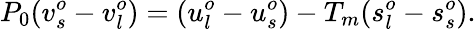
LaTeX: P_{0}(v_{s}^{o}-v_{l}^{o})=(u_{l}^{o}-u_{s}^{o})-T_{m}(s_{l}^{o}-s_{s}^{o}).